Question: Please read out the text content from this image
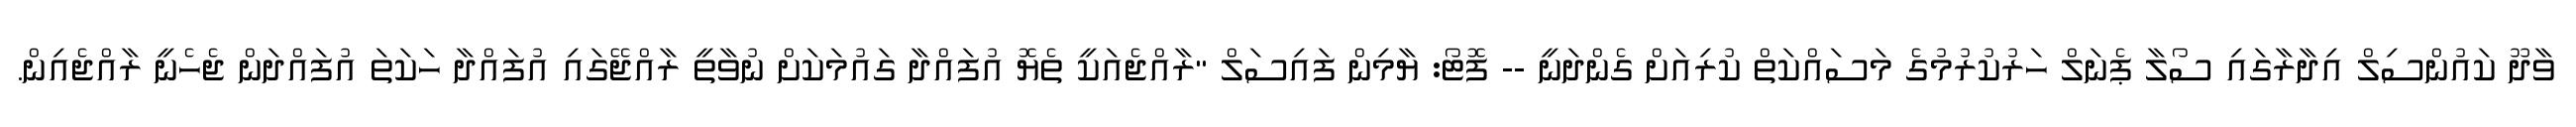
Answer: ވާދޫ ކައުންސިލް އިދާރާގައި ސޯލާ ޕެނަލް ހަރުކުރުމުގެ މަސައްކަތް ކުރިއަށް ގެންދަނީ -- ފޮޓޯ: ޔާމިން ފައިސަލް "ރާއްޖެއަކީ ތެޔޮ އުފައްދާ ގައުމަކަށް ނުވާތީ ރާއްޖޭގައި އުފައްދާ ހަކަތަ އުފައްދަން ޖެހެނީ ރާއްޖެއިން.